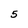
Character: 5